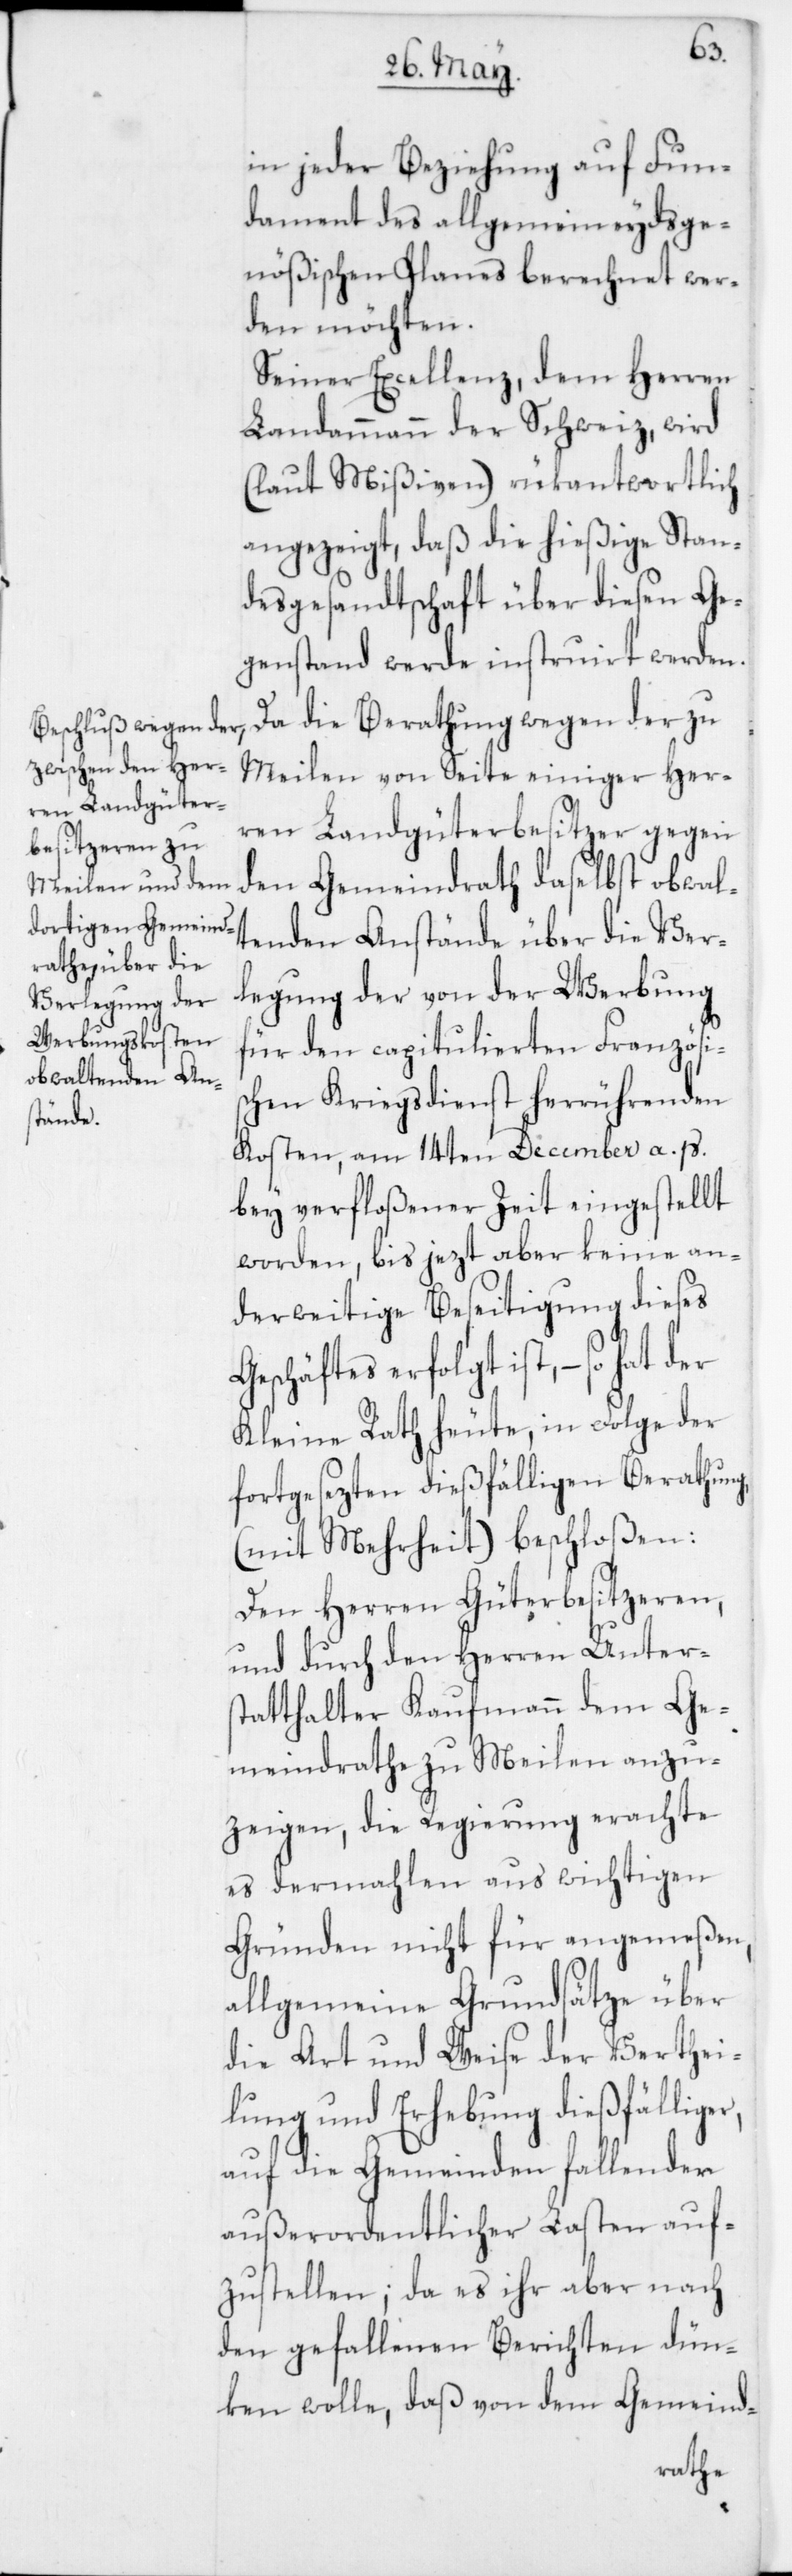
r,
in jeder Beziehung auf Fun¬
dament des allgemein eydsge¬
nößischen Planes berechnet wer¬
den möchten.
Seiner Excellenz dem Herren
Landammann der Schweiz wird
(laut Mißiven) rükantwortlich
angezeigt, daß die hießige Stan¬
desgesandtschaft über diesen Ge¬
genstand werde instruirt werden.
Da die Berathung wegen der zu
Meilen von Seite einiger Her¬
ren Landgüterbesitzer gegen
den Gemeindrath daselbst obwal¬
tenden Anstände über die Ver¬
legung der von der Werbung
für den capitulierten Französis¬
chen Kriegsdienst herrührenden
Kosten, am 14ten December a. p.
bey verfloßener Zeit eingestellt
worden, bis jezt aber keine an¬
derweitige Beseitigung dieses
Geschäftes erfolgt ist, – so hat der
Kleine Rath heute, in Folge der
fortgesezten dießfälligen Berathung
(mit Mehrheit) beschloßen:
Den Herren Güterbesitzeren,
und durch den Herren Unters¬
tatthalter Kaufmann dem Ge¬
meindrathe zu Meilen anzu¬
zeigen, die Regierung erachte
es dermahlen aus wichtigen
Gründen nicht für angemeßen,
allgemeine Grundsätze über
die Art und Weise der Verthei¬
lung und Erhebung dießfällige¬
auf die Gemeinden fallender
außerordentlicher Lasten auf¬
zustellen; da es ihr aber nach
den gefallenen Berichten dün¬
ken wolle, daß von dem Gemeind-